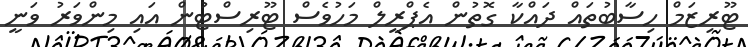
ޓޫރިޒަމް ހިސާބުތައް ދައްކާ ގޮތުން އެޕްރީލް މަހުވެސް ޓޫރިސްޓުން އައި މިންވަރު ވަނީ